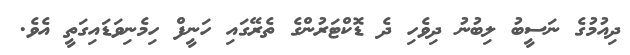
ދިއުމުގެ ނަސީބު ލިބުނު ދިވެހި ދެ ޑޮކްޓަރުންގެ ތެރޭގައި ހަނީފް ހިމެނިވަޑައިގަތީ އެވެ.